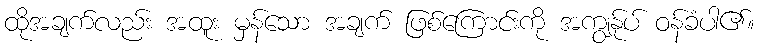
ထိုအချက်လည်း အထူး မှန်သော အချက် ဖြစ်ကြောင်းကို အကျွန်ုပ် ဝန်ခံပါ၏။